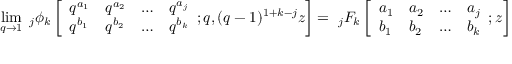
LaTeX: \operatorname* { l i m } _ { q \to 1 } \; _ { j } \phi _ { k } \left[ { \begin{array} { l l l l } { q ^ { a _ { 1 } } } & { q ^ { a _ { 2 } } } & { \ldots } & { q ^ { a _ { j } } } \\ { q ^ { b _ { 1 } } } & { q ^ { b _ { 2 } } } & { \ldots } & { q ^ { b _ { k } } } \end{array} } ; q , ( q - 1 ) ^ { 1 + k - j } z \right] = \; _ { j } F _ { k } \left[ { \begin{array} { l l l l } { a _ { 1 } } & { a _ { 2 } } & { \ldots } & { a _ { j } } \\ { b _ { 1 } } & { b _ { 2 } } & { \ldots } & { b _ { k } } \end{array} } ; z \right]